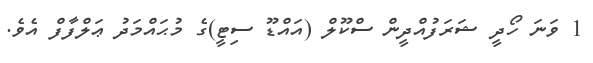
1 ވަނަ ހޯދީ ޝަރަފުއްދީން ސްކޫލް (އައްޑޫ ސިޓީ)ގެ މުޙައްމަދު ޢަލްފާފް އެވެ.